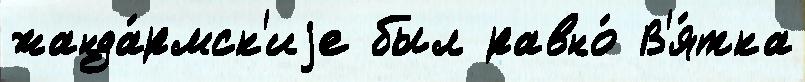
жанда́рмск'иjе был равно́ В'я́тка